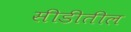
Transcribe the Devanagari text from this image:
सीडीतील